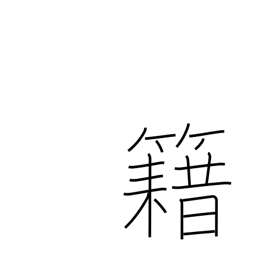
Meaning: membership